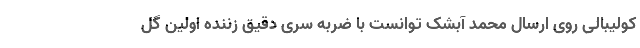
کولیبالی روی ارسال محمد آبشک توانست با ضربه سری دقیق زننده اولین گل